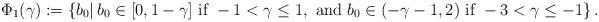
LaTeX: \begin{align*}\begin{aligned}\Phi_1 (\gamma) : = \{ b_0 | \, b_0 \in [0, 1 - \gamma] \textrm{ if } - 1 < \gamma \leq 1, \textrm{ and } b_0 \in (- \gamma - 1, 2) \textrm{ if }- 3 < \gamma \leq -1 \} \,.\end{aligned}\end{align*}